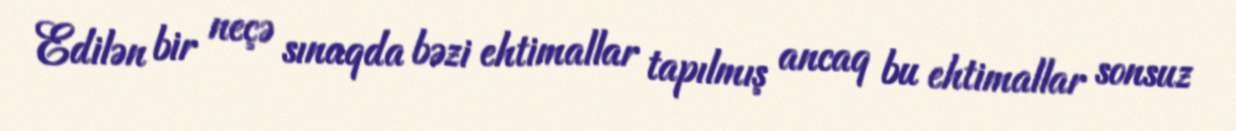
Edilən bir neçə sınaqda bəzi ehtimallar tapılmış ancaq bu ehtimallar sonsuz